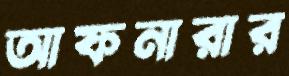
আফনারার